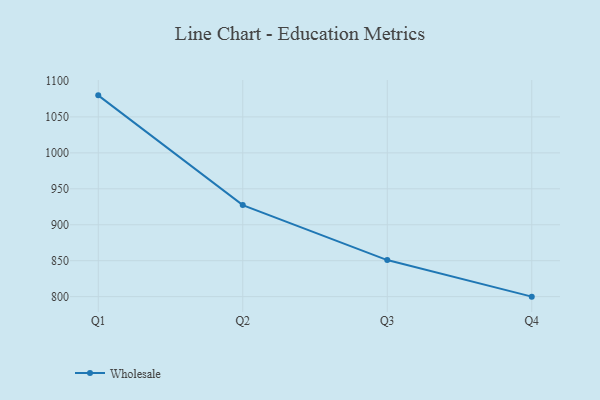
{"axis": {"x": "Quarter", "y": "Demand Index"}, "legend": ["Wholesale"], "data": [{"x": "Q1", "y": 1080.0, "type": "Wholesale"}, {"x": "Q2", "y": 927.4, "type": "Wholesale"}, {"x": "Q3", "y": 850.9, "type": "Wholesale"}, {"x": "Q4", "y": 800, "type": "Wholesale"}]}